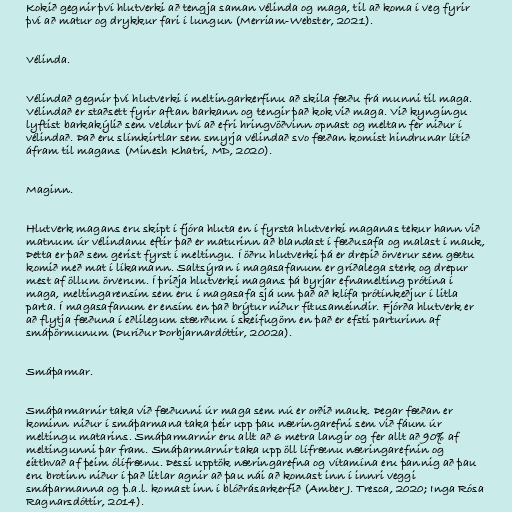
Kokið gegnir því hlutverki að tengja saman vélinda og maga, til að koma í veg fyrir
því að matur og drykkur fari í lungun (Merriam-Webster, 2021).

Vélinda.

Vélindað gegnir því hlutverki í meltingarkerfinu að skila fæðu frá munni til maga.
Vélindað er staðsett fyrir aftan barkann og tengir það kok við maga. Við kyngingu
lyftist barkakýlið sem veldur því að efri hringvöðvinn opnast og meltan fer niður í
vélindað. Það eru slímkirtlar sem smyrja vélindað svo fæðan komist hindrunar lítið
áfram til magans (Minesh Khatri, MD, 2020).

Maginn.

Hlutverk magans eru skipt í fjóra hluta en í fyrsta hlutverki maganas tekur hann við
matnum úr vélindanu eftir það er maturinn að blandast í fæðusafa og malast í mauk,
Þetta er það sem gerist fyrst í meltingu. Í öðru hlutverki þá er drepið örverur sem gætu
komið með mat í líkamann. Saltsýran í magasafanum er gríðalega sterk og drepur
mest af öllum örverum. Í þriðja hlutverki magans þá byrjar efnamelting prótína í
maga, meltingarensím sem eru í magasafa sjá um það að klífa prótínkeðjur í litla
parta. Í magasafanum er ensím en það brýtur niður fitusameindir. Fjórða hlutverk er
að flytja fæðuna í eðlilegum stærðum í skeifugörn en það er efsti parturinn af
smáþörmunum (Þuríður Þorbjarnardóttir, 2002a).

Smáþarmar.

Smáþarmarnir taka við fæðunni úr maga sem nú er orðið mauk. Þegar fæðan er
kominn niður í smáþarmana taka þeir upp þau næringarefni sem við fáum úr
meltingu matarins. Smáþarmarnir eru allt að 6 metra langir og fer allt að 90% af
meltingunni þar fram. Smáþarmarnir taka upp öll lífrænu næringarefnin og
eitthvað af þeim ólífrænu. Þessi upptök næringarefna og vítamína eru þannig að þau
eru brotinn niður í það litlar agnir að þau nái að komast inn í innri veggi
smáþarmanna og þ.a.l. komast inn í blóðrásarkerfið (Amber J. Tresca, 2020; Inga Rósa
Ragnarsdóttir, 2014).